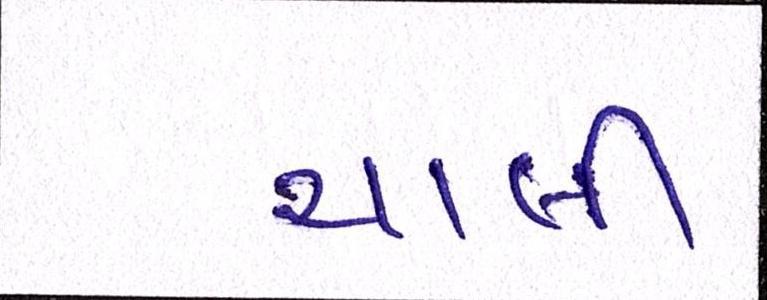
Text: ચાલી